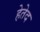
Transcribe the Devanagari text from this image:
हेतेद